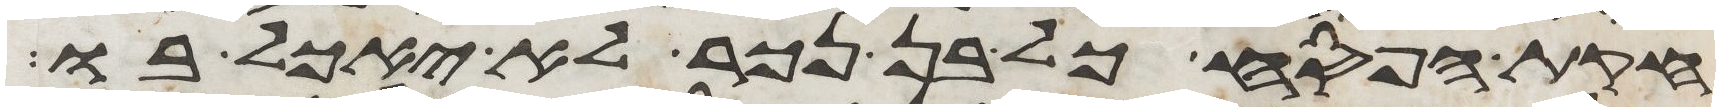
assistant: חקת הפסח כל בן נכר לא יאכל בו